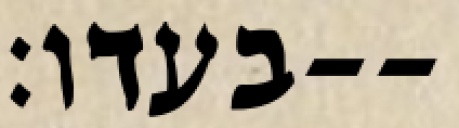
בעדו׃--